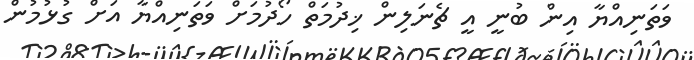
ވަތަނިއްޔާ އިން ބުނީ އީ ޗެނަލިން ޚިދުމަތް ހޯދުމަށް ވަތަނިއްޔާ އަށް ގުޅުމުން